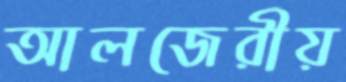
আলজেরীয়